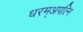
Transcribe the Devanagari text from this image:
धरम्अपत्नि